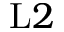
\mathrm { L } 2